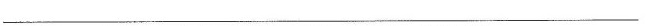
___